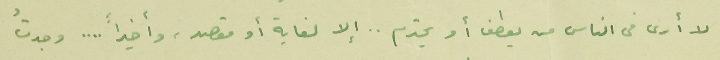
لا أرى فى الناس من يعطف أو يحترم .. إلا لغاية أو مقصد، وأخيراً .... وجدتُ